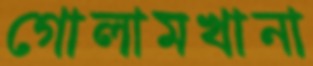
গোলামখানা